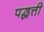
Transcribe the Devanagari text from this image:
पद्धत्ती